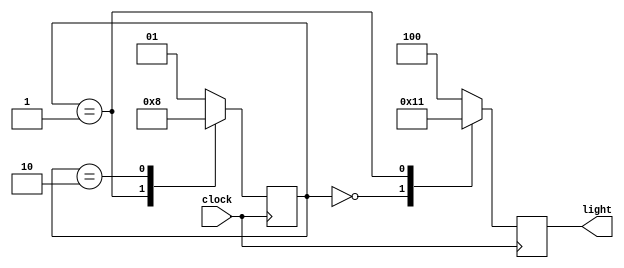
module cyclic_lamp(clock, light);

input clock;
output reg [0:2] light;
parameter s0=0, s1=1, s2=2;
parameter red= 3'b100, green= 3'b010, yellow= 3'b001;
reg [0:1] state;

always @(posedge clock)

case (state)
	s0: 
	begin
		light <= green;
		state <= s1;
	end

	s1: 
	begin
		light <= yellow;
		state <= s2;
	end

	s2: 
	begin
		light <= red;
		state <= s0;
	end

	default:
	begin
		light <= red;
		state <= s1;
	end

endcase

endmodule